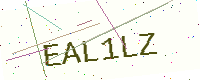
Text: EAL1LZ